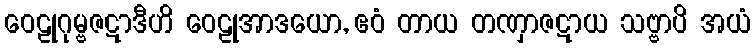
ဝေဠုဂုမ္ဗဇဋာဒီဟိ ဝေဠုအာဒယော, ဧဝံ တာယ တဏှာဇဋာယ သဗ္ဗာပိ အယံ